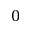
0